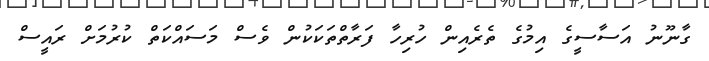
ގާނޫނު އަސާސީގެ އިމުގެ ތެރެއިން ހުރިހާ ފަރާތްތަކަކުން ވެސް މަސައްކަތް ކުރުމަށް ރައީސް